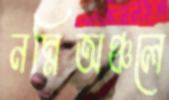
নম্নিঅঞ্চলে